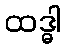
ထဒ္ဓါ